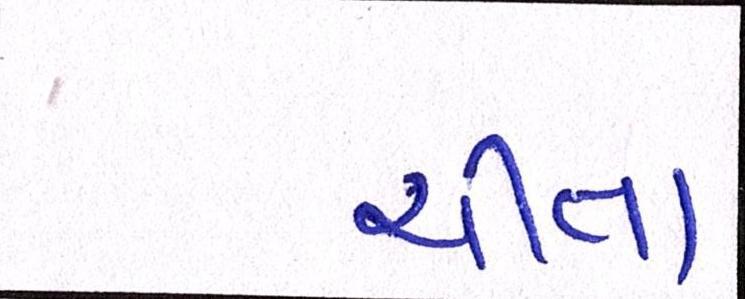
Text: ચીતા